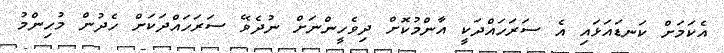
އެކަމަށް ކަނޑައަޅައި އެ ސަރަހައްދަކީ އާންމުކޮށް ދިވެހީންނަށް ނުދެވޭ ސަރަހައްދަކަށް ހެދުން މުހިންމު